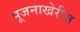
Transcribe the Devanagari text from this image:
पूजनाखेरीज